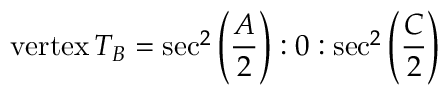
{ \mathrm { v e r t e x } } \, T _ { B } = \sec ^ { 2 } \left( { \frac { A } { 2 } } \right) : 0 : \sec ^ { 2 } \left( { \frac { C } { 2 } } \right)